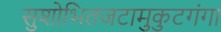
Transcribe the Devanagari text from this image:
सुशोभितजटामुकुटगंगा